Civil Veterinary Department. United Provinces 1932-42 - 1932-1942
Year: 1932
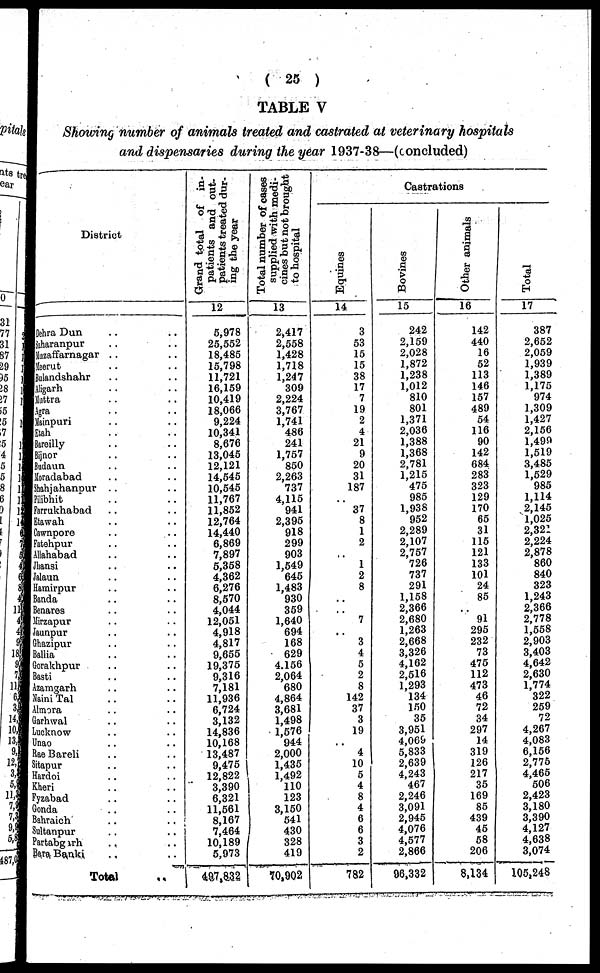
(25)
TABLE V
Showing number of animals treated and castrated at veterinary hospitals
and dispensaries during the year 1937-38—(concluded)
District
Dehra Dun .. ..
Naharanpur .. ..
Muzaffamagar .. ..
Meerut .. ..
Bulandshahr .. ..
Aligarh .. ..
Muttra .. ..
Agra .. ..
Mainpuri .. ..
Etah .. ..
Bareilly .. ..
Bijnor .. ..
Budaun .. ..
Moradabad .. ..
Shahjahanpur .. ..
Pilibhit .. ..
Farrukhabad .. ..
Etawah .. ..
Cawnpore .. ..
Fatehpur .. ..
Allahabad .. ..
Jhansi .. ..
Jalaun .. ..
Hamirpur .. ..
Banda .. ..
Benares .. ..
Mirzapur .. ..
Jaunpur .. ..
Ghazipur .. ..
Ballia .. ..
Gorakhpur .. ..
Basti .. ..
Azamgarh .. ..
Naini Tal .. ..
Almora .. ..
Garhwal .. ..
Lucknow .. ..
Unao .. ..
Rae Bareli .. ..
Sitapur .. ..
Hardoi .. ..
Kheri .. ..
Fyzabad .. ..
Gonda .. ..
Bahraich .. ..
Sultanpur .. ..
Partabgarh .. ..
Bara, Banki .. ..
Total ..
Grand total of in-
patients and out-
patients treated dur-
ing the year
12
5,978
25,552
18,485
15,798
11,721
16,159
10,419
18,066
9,224
10,341
8,676
13,045
12,121
14,545
10,545
11,767
11,852
12,764
14,440
6,869
7,897
5,358
4,362
6,276
8,570
4,044
12,051
4,918
4,817
9,655
19,375
9,316
7,181
11,936
6,724
3,132
14,836
10,168
13,487
9,475
12,822
3,390
6,321
11,561
8,167
7,464
10,189
5,973
497,832
Total number of cases
supplied with medi-
cines but not brought
to hospital
13
2,417
2,558
1,428
1,718
1,247
309
2,224
3,767
1,741
486
241
1,757
850
2,263
737
4,115
941
2,395
918
299
903
1,549
645
1,483
930
359
1,640
694
168
629
4.156
2,064
680
4,864
3,681
1,498
1,576
944
2,000
1,435
1,492
110
123
3,150
541
430
328
419
70,902
Castrations
Equities
14
3
53
15
15
38
17
7
19
2
4
21
9
20
31
187
..
37
8
1
2
..
1
2
8
..
..
7
..
3
4
5
2
8
142
37
3
19
..
4
10
5
4
8
4
6
6
3
2
782
Bovines
15
242
2,159
2,028
1,872
1,238
1,012
810
801
1,371
2,036
1,388
1,368
2,781
1,215
475
985
1,938
952
2,289
2,107
2,757
726
737
291
1,158
2,366
2,680
1,263
2,668
3,326
4,162
2,516
1,293
134
150
35
3,951
4,069
5,833
2,639
4,243
467
2,246
3,091
2,945
4,076
4,577
2,866
96,332
Other animals
16
142
440
16
52
113
146
157
489
54
116
90
142
684
283
323
129
170
65
31
115
121
133
101
24
85
..
91
295
232
73
476
112
473
46
72
34
297
14
319
126
217
35
169
85
439
45
58
206
8,134
Total
17
387
2,652
2,059
1,939
1,389
1,175
974
1,309
1,427
2,156
1,499
1,519
3,485
1,529
985
1,114
2,145
1,025
2,321
2,224
2,878
860
840
323
1,243
2,366
2,778
1,558
2,903
3,403
4,642
2,630
1,774
322
259
72
4,267
4,083
6,156
2,775
4,465
506
2,423
3,180
3,390
4,127
4,638
3,074
105,248